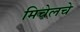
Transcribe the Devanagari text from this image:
मिचेलचे